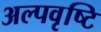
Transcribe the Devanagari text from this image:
अल्पवृष्टि